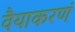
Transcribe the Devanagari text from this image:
वैयाकरणं